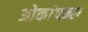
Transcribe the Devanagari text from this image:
ओकांपन्स